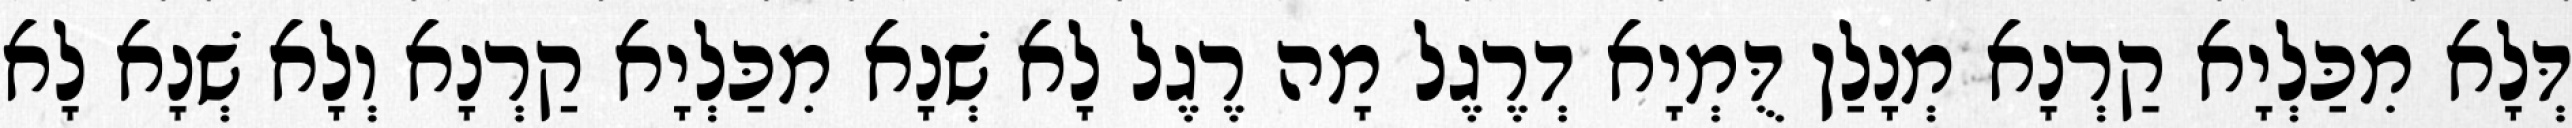
דְּלָא מִכַּלְיָא קַרְנָא מְנָלַן דֻּמְיָא דְרֶגֶל מָה רֶגֶל לָא שְׁנָא מִכַּלְיָא קַרְנָא וְלָא שְׁנָא לָא